Report on sanitation, dispensaries, and jails in Rajputana for 1910, and on vaccination for the year 1910-1911 - 1910-1911
Year: 1910
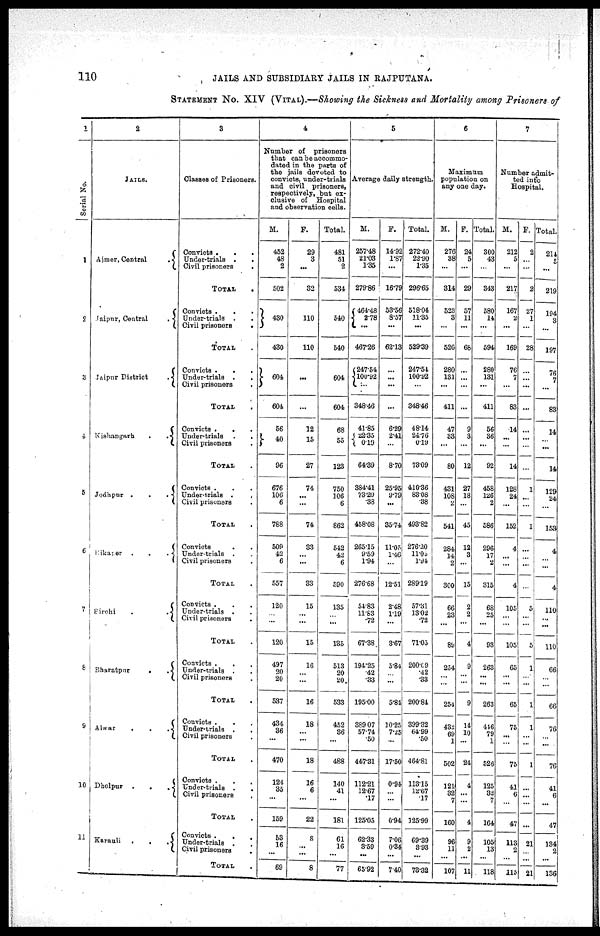
110
JAILS AND SUBSIDIARY JAILS IN RAJPUTANA.
STATEMENT No. XIV (VITAL).—Showing the Sickness and Mortality among Prisoners of
1
Serial No.
1
2
3
4
5
6
7
6
9
10
11
2
JAILS.
Ajmer, Central
.
Jaipur, Central
.
Jaipur District
.
Kishangarh
.
.
Jodhpur . . .
Bikaner
.
.
.
Sirohi
.
.
Bharatpur
.
.
Alwar
.
.
.
Dholpur
.
.
.
Karauli
.
.
.
3
Classes of Prisoners.
Convicts . .
Under-trials . .
Civil prisoners
.
TOTAL .
Convicts . .
Under-trials . .
Civil prisoners
.
TOTAL .
Convicts .
.
Under-trials .
.
Civil prisoners .
TOTAL .
Convicts . .
Under-trials
. .
Civil prisoners .
TOTAL .
Convicts . . .
Under-trials . .
Civil prisoners .
TOTAL .
Convicts . .
Under-trials . .
Civil prisoners .
TOTAL .
Convicts . . .
Under-trials . .
Civil prisoners .
TOTAL .
Convicts .
.
Under-trials . .
Civil prisoners .
TOTAL .
Convicts . .
Under-trials . .
Civil prisoners .
TOTAL .
Convicts . . .
Under-trials .
.
Civil prisoners .
TOTAL .
Convicts .
.
.
Under-trials . .
Civil prisoners .
TOTAL .
4
Number of
prisoners
that can be accommo¬
dated in the parts of
the jails devoted to
convicts, under-trials
and civil prisoners,
respectively, but ex-
clusive of
Hospital
and observation cells.
M.
452
48
2
502
430
430
604
604
56
40
96
676
106
6
788
509
42
6
557
120
...
...
120
497
20
20
537
434
32
...
470
124
35
...
159
53
16
...
69
F.
29
3
...
32
110
110
...
...
12
15
27
74
...
...
74
33
...
...
33
15
...
...
15
16
...
...
16
18
...
...
18
16
6
...
22
8
...
...
8
Total.
481
51
2
534
540
540
604
604
68
55
123
750
106
6
862
542
42
6
590
135
...
...
135
513
20
20
533
452
36
...
488
140
41
...
181
61
16
...
77
5
Average daily strength.
M.
257.48
21.03
1.35
279.86
464.48
2.78
...
467.26
247.54
100.92
...
348.46
41.85
22.35
0.19
64.39
384.41
73.29
.38
458.08
265.15
9.59
1.94
276.68
54.83
11.83
.72
67.38
194.25
.42
.33
195.00
389.07
57.74
.50
447.81
112.21
12.67
17
125.05
62.33
3.59
...
65.92
F.
14.92
1.87
...
16.79
53.56
8.57
...
62.13
...
...
...
...
6.29
2.41
...
8.70
25.95
9.79
...
35.74
11.05
1.46
...
12.51
2.48
1.19
...
3.67
5.84
...
...
5.81
10.25
7.25
...
17.50
0.94
...
...
0.94
7.06
0.34
...
7.40
Total.
272.40
22.90
1.35
296.65
518.04
11.35
...
529.39
247.54
100.92
...
348.46
48.14
24.76
0.19
73.09
410.36
83.08
.38
493.82
276.20
11.05
1.94
289.19
57.31
13.02
.72
71.05
200.19
.42
.33
200.84
399.32
64.99
.50
464.81
113.15
12.67
17
125.99
69.39
3.93
...
78.32
6
Maximum
population on
any one day.
M.
276
38
...
314
523
3
...
526
280
131
...
411
47
33
...
80
431
108
2
541
284
14
2
300
66
23
...
89
254
...
...
254
432
69
1
502
121
32
7
160
96
11
...
107
F.
24
5
...
29
57
11
...
68
...
...
...
...
9
3
...
12
27
18
...
45
12
3
...
15
2
2
...
4
9
...
...
9
14
10
...
24
4
...
...
4
9
2
...
11
Total.
300
43
...
343
580
14
...
594
280
131
...
411
56
36
...
92
458
126
2
586
296
17
2
315
68
25
...
93
263
...
...
263
446
79
1
526
125
32
7
164
105
13
...
118
7
Number admit-
ted in to
Hospital.
M.
212
5
...
217
167
2
...
169
76
7
...
83
14
...
...
14
128
24
...
152
4
...
...
4
105
...
...
105
65
...
...
65
75
...
...
75
41
6
...
47
113
2
...
115
F.
2
...
...
3
27
1
...
28
...
...
...
...
...
...
...
...
1
...
...
1
...
...
...
...
5
...
...
5
1
...
...
1
1
...
...
1
...
...
...
...
21
...
...
21
Total.
2.4
5
...
219
194
3
...
197
76
7
...
83
14
...
...
14
129
24
...
153
4
...
...
4
110
...
...
110
66
...
...
66
76
...
...
76
41
6
...
47
134
2
...
136